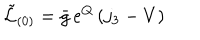
LaTeX: \tilde { \mathcal { L } } _ { ( 0 ) } = \bar { g } \, e ^ { Q } \, ( j _ { 3 } - V ) \,